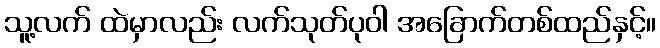
သူ့လက် ထဲမှာလည်း လက်သုတ်ပုဝါ အခြောက်တစ်ထည်နှင့်။